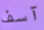
آسف